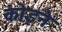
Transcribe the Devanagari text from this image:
कोइनै